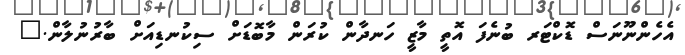
އެހެންނޫނަސް ޑޮކްޓަރ ބުނެފަ އޮތީ މާޒީ ހަނދާން ކުރަން މާބޮޑަށް ސިކުނޑިއަށް ބާރުނުލާން."